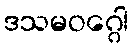
ဒသမဝဂ္ဂေါ